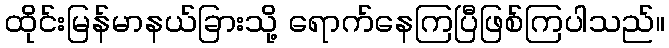
ထိုင်းမြန်မာနယ်ခြားသို့ ရောက်နေကြပြီဖြစ်ကြပါသည်။